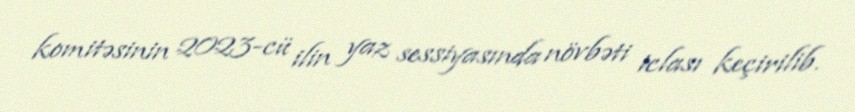
komitəsinin 2023-cü ilin yaz sessiyasında növbəti iclası keçirilib.